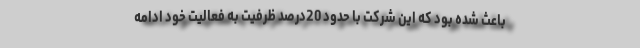
باعث شده بود كه اين شركت با حدود 20درصد ظرفيت به فعاليت خود ادامه